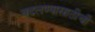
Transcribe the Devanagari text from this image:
बदलण्यासाठीची